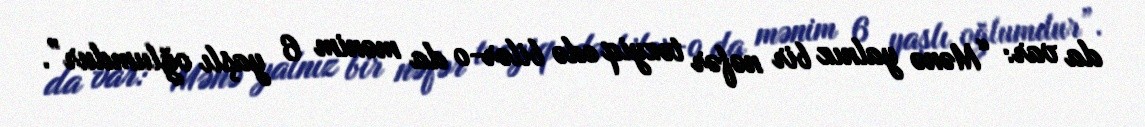
da var: “Mənə yalnız bir nəfər təzyiq edə bilər-o da mənim 6 yaşlı oğlumdur”.